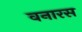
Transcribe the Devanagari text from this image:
वनारस